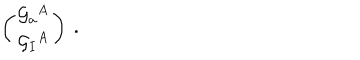
LaTeX: \left( \begin{matrix} { { { \cal G } _ { a } { } ^ { A } } } \\ { { { \cal G } _ { I } { } ^ { A } } } \\ \end{matrix} \right) \ .